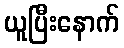
ယူပြီးနောက်